Annual administration report of the Civil Veterinary Department, Ajmere-Merwara, British Rajputana - 1914-1940
Year: 1914
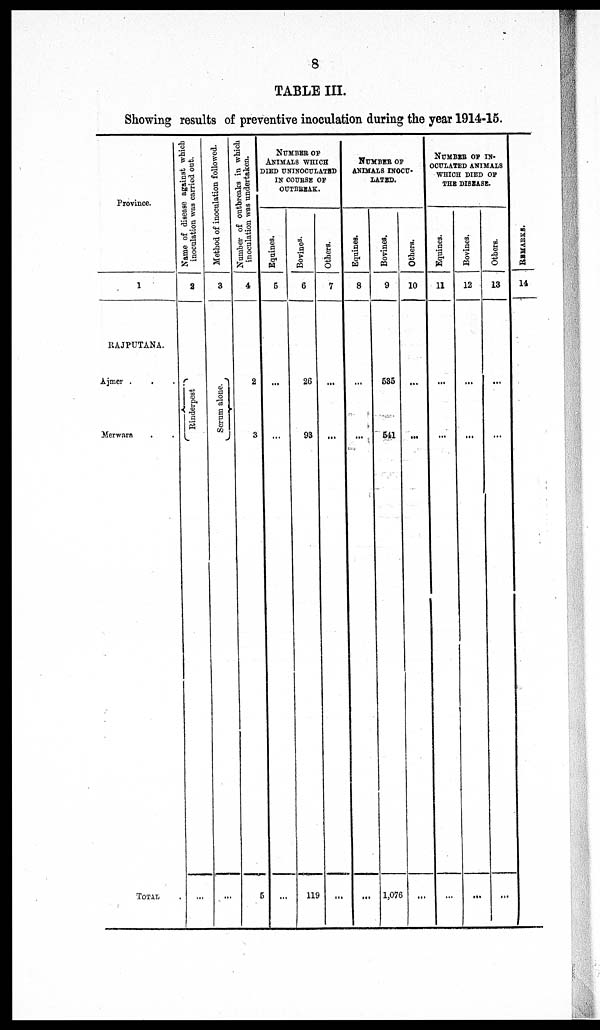
8
TABLE III.
Showing results of preventive inoculation during the year 1914-15.
Province.
1
RAJPUTANA.
Ajmer . . .
Merwara . .
TOTAL .
Name of disease against which
inoculation was carried out.
2
Rinderpest
...
Method of inoculation followed.
3
Serum alone.
...
Number of outbreaks in which
inoculation was undertaken.
4
2
3
5
NUMBER OF
ANIMALS WHICH
DIED UNINOCULATED
IN COURSE OF
OUTBREAK.
Equine3.
5
...
...
...
Bovines.
6
26
93
119
Others.
7
...
...
...
NUMBER OF
ANIMALS INOCU-
LATED.
Equines.
8
...
...
...
Bovines.
9
535
541
1,076
Others.
10
...
...
...
NUMBER OF IN-
OCULATED ANIMALS
WHICH DIED OP
THE DISEASE.
Equines.
11
...
...
...
Bovines.
12
...
...
...
Others.
13
...
...
...
REMARKS.
14